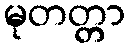
မုတတ္တာ